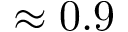
\approx 0 . 9